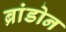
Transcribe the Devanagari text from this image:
ब्रांडोन